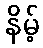
နိမ့်